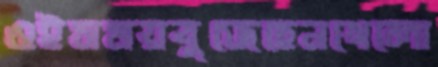
ওইসময়বুজেছেনখেলো